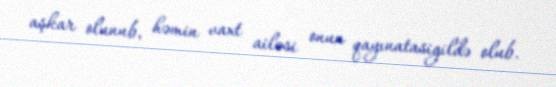
aşkar olunub, həmin vaxt ailəsi onun qayınatasigildə olub.